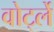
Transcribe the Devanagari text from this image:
वोर्ट्ले